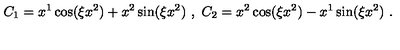
C _ { 1 } = x ^ { 1 } \cos ( \xi x ^ { 2 } ) + x ^ { 2 } \sin ( \xi x ^ { 2 } ) \ , \ C _ { 2 } = x ^ { 2 } \cos ( \xi x ^ { 2 } ) - x ^ { 1 } \sin ( \xi x ^ { 2 } ) \ .